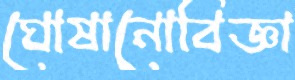
ঘোষানোবিজ্ঞা